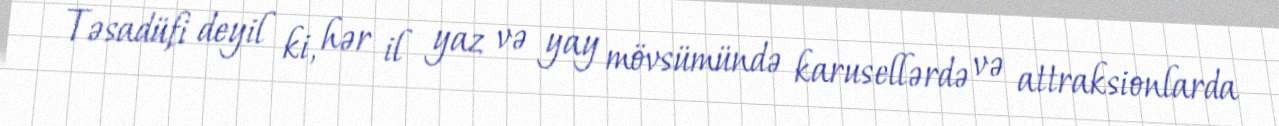
Təsadüfi deyil ki, hər il yaz və yay mövsümündə karusellərdə və attraksionlarda